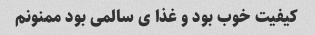
کیفیت خوب بود و غذا ی سالمی بود ممنونم